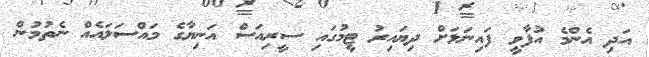
އަދި އެންމެ އުފާވީ ފައިނަލަށް ދިޔައިރު ޓީމުގައި ސީރިއަސް އަނިޔާގެ މައްސަލައެއް ނެތުމުން